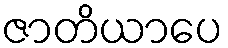
ဇာတိယာပေ